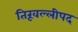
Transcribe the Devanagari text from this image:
तिरूवल्लीपद